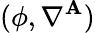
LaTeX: (\phi,\nabla^{\mathbf{A}})